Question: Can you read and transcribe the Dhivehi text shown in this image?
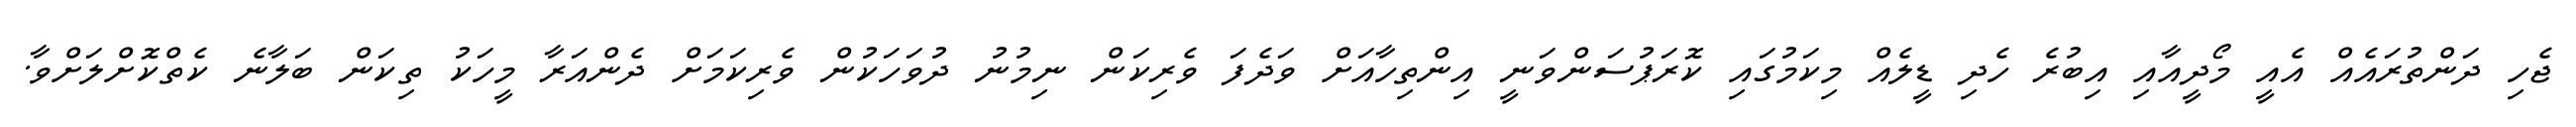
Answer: ޖެހި ދަންތުރައެއް އެއީ މޯދީއާއި އިބުރެ ހެދި ޑީލެއް މިކަމުގައި ކޮރަޕުސަންވަނީ އިންތިހާއަށް ވަދެފަ ވެރިކަން ނިމުނު ދުވަހަކުން ވެރިކަމަށް ދެންއަރާ މީހަކު ތިކަން ބަލާނެ ކެތްކޮށްލަށްވާ.